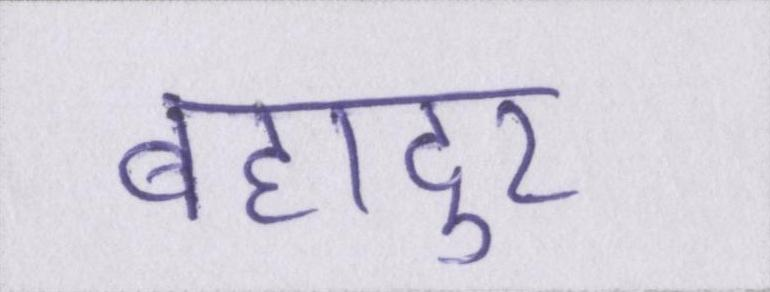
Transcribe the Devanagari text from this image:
बहादुर